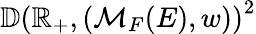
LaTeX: \mathbb{D}\left(\mathbb{R}_{+},(\mathcal{M}_{F}(E),w)\right)^{2}